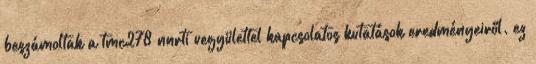
beszámoltak a tmc278 nnrti vegyülettel kapcsolatos kutatások eredményeiről. ez